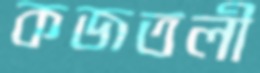
কজতলী